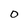
Character: O